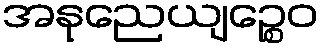
အနုညေယျဉ္စေဝ